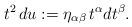
LaTeX: \begin{align*}t^2\,du:=\eta_{\alpha\beta}\,t^{\alpha}dt^{\beta}. \end{align*}